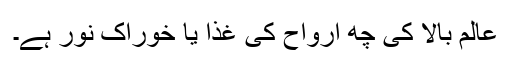
عالم بالا کی چھ ارواح کی غذا یا خوراک نور ہے۔